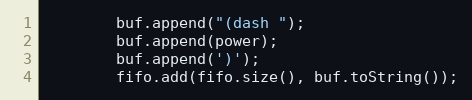
Language: Java
        buf.append("(dash ");
        buf.append(power);
        buf.append(')');
        fifo.add(fifo.size(), buf.toString());